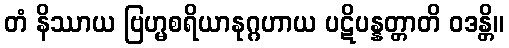
တံ နိဿာယ ဗြဟ္မစရိယာနုဂ္ဂဟာယ ပဋိပန္နတ္တာတိ ဝဒန္တိ။